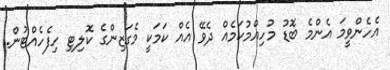
އެހެންވީމަ އެންމެ ބޮޑު މުހިއްމުކަމެއް ދެވޭ އެއް ކަމަކީ މެގަޒިންގެ ކޮލިޓި ހިފެހެއްޓުން.